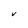
Character: v